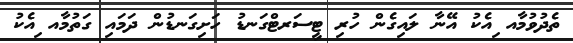
ތެދުވުމާއ ިއެކު އޭނާ ލައިގެން ހުރި ޓީސަރޓްގަނޑު ހަށިގަނޑުން ދަމައި ގަތުމާއ ިއެކު